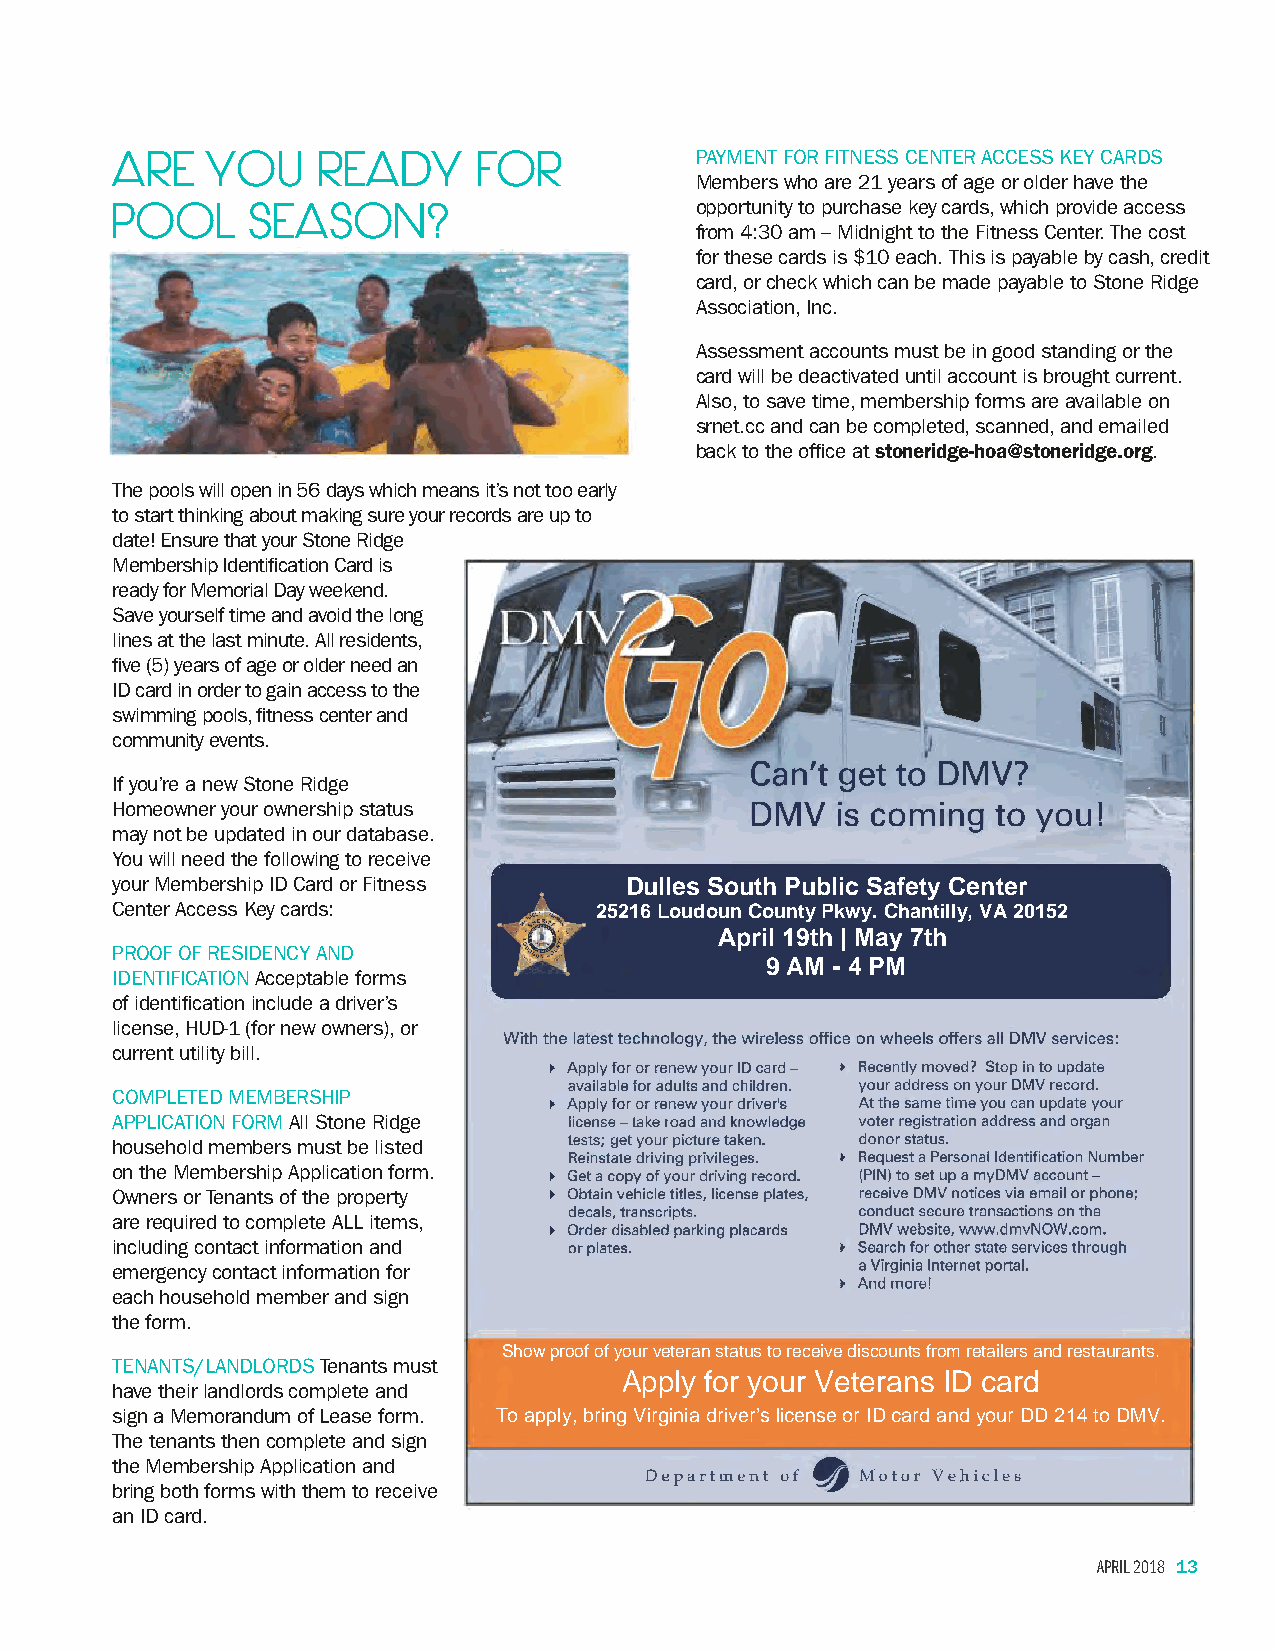
ARE    YOU    READY      FOR           PAYMENT FOR FITNESS CENTER ACCESS KEY CARDS
 Members who are 21 years of age or older have the
 POOL      SEASON?                      opportunity to purchase key cards, which provide access
 from 4:30 am – Midnight to the Fitness Center. The cost
 for these cards is $10 each. This is payable by cash, credit
 card, or check which can be made payable to Stone Ridge
 Association, Inc.
 Assessment accounts must be in good standing or the
 card will be deactivated until account is brought current.
 Also, to save time, membership forms are available on
 srnet.cc and can be completed, scanned, and emailed
 back to the office at stoneridge-hoa@stoneridge.org.
 The pools will open in 56 days which means it’s not too early
 to start thinking about making sure your records are up to
 date! Ensure that your Stone Ridge
 Membership Identification Card is
 ready for Memorial Day weekend.
 Save yourself time and avoid the long
 lines at the last minute. All residents,
 five (5) years of age or older need an
 ID card in order to gain access to the
 swimming pools, fitness center and
 community events.
 n't get to DMV?
 If you’re a new Stone Ridge
 Homeowner your ownership status            DMV  is coming  to youl
 may not be updated in our database.
 You will need the following to receive
 your Membership ID Card or Fitness Dulles South Public Safety Center
 Center Access Key cards:        25216 Loudoun County Pkwy. Chantilly, VA 20152
 April 19th | May 7th
 PROOF OF RESIDENCY AND
 9 AM - 4 PM
 IDENTIFICATION Acceptable forms
 of identification include a driver’s
 license, HUD-1 (for new owners), or
 With the latest technology, the wireless office on wheels offers all OMV services:
 current utility bill.
 Apply for or renew your ID card - Recently moved? Stop in to update
 available for adults and children. your address on your OMV record.
 COMPLETED MEMBERSHIP
 Apply for or renew your driver's At the same time you can update your
 APPLICATION FORM All Stone Ridge license - take road and knowledge voter registration address and organ
 household members must be listed tests; get your picture taken. donor status.
 Reinstate driving privileges. Request a Personal Identification Number
 on the Membership Application form.
 Get a copy of your driving record. (PIN) to set up a myDMV account -
 Owners or Tenants of the property Obtain vehicle titles, license plates, receive OMV notices via email or phone;
 are required to complete ALL items, decals, transcripts. conduct secure transactions on the
 Order disabled parking placards OMV website, www.dmvNOW.com.
 including contact information and or plates.      Search for other state services through
 emergency contact information for                 a Virginia Internet portal.
 And more!
 each household member and sign
 the form.
 Show proof of your veteran status to receive discounts from retailers and restaurants.
 TENANTS/LANDLORDS Tenants must
 Apply for your Veterans ID card
 have their landlords complete and
 sign a Memorandum of Lease form. To apply, bring Virginia driver’s license or ID card and your DD 214 to DMV.
 The tenants then complete and sign
 the Membership Application and                 ~
 Department of Motor Vehicles
 bring both forms with them to receive
 an ID card.
 APRIL 2018 13